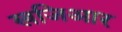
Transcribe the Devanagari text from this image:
खजिआर